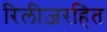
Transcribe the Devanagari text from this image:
रिलीज़रहित